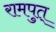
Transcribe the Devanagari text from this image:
रामपुत्